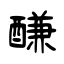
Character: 𨢑